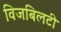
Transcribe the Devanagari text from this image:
विजबिलटी